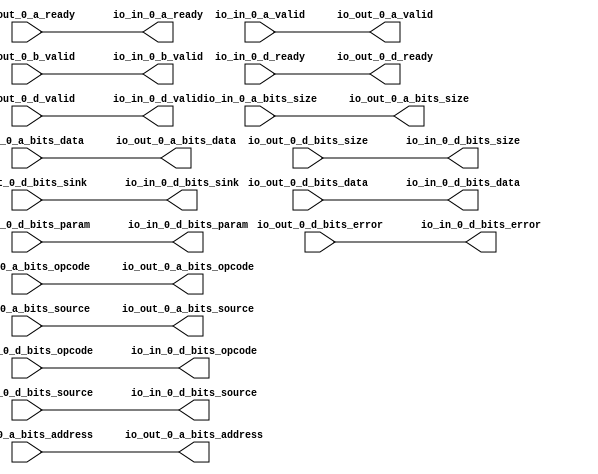
// Copyright (c) 2017, Microsemi Corporation
// All rights reserved.
//
// Redistribution and use in source and binary forms, with or without
// modification, are permitted provided that the following conditions are met:
//     * Redistributions of source code must retain the above copyright
//       notice, this list of conditions and the following disclaimer.
//     * Redistributions in binary form must reproduce the above copyright
//       notice, this list of conditions and the following disclaimer in the
//       documentation and/or other materials provided with the distribution.
//     * Neither the name of the <organization> nor the
//       names of its contributors may be used to endorse or promote products
//       derived from this software without specific prior written permission.
//
// THIS SOFTWARE IS PROVIDED BY THE COPYRIGHT HOLDERS AND CONTRIBUTORS "AS IS" AND
// ANY EXPRESS OR IMPLIED WARRANTIES, INCLUDING, BUT NOT LIMITED TO, THE IMPLIED
// WARRANTIES OF MERCHANTABILITY AND FITNESS FOR A PARTICULAR PURPOSE ARE
// DISCLAIMED. IN NO EVENT SHALL MICROSEMI CORPORATIONM BE LIABLE FOR ANY
// DIRECT, INDIRECT, INCIDENTAL, SPECIAL, EXEMPLARY, OR CONSEQUENTIAL DAMAGES
// (INCLUDING, BUT NOT LIMITED TO, PROCUREMENT OF SUBSTITUTE GOODS OR SERVICES;
// LOSS OF USE, DATA, OR PROFITS; OR BUSINESS INTERRUPTION) HOWEVER CAUSED AND
// ON ANY THEORY OF LIABILITY, WHETHER IN CONTRACT, STRICT LIABILITY, OR TORT
// (INCLUDING NEGLIGENCE OR OTHERWISE) ARISING IN ANY WAY OUT OF THE USE OF THIS
// SOFTWARE, EVEN IF ADVISED OF THE POSSIBILITY OF SUCH DAMAGE.
//
// APACHE LICENSE
// Copyright (c) 2017, Microsemi Corporation 
//
// Licensed under the Apache License, Version 2.0 (the "License");
// you may not use this file except in compliance with the License.
// You may obtain a copy of the License at
//
//    http://www.apache.org/licenses/LICENSE-2.0
//
// Unless required by applicable law or agreed to in writing, software
// distributed under the License is distributed on an "AS IS" BASIS,
// WITHOUT WARRANTIES OR CONDITIONS OF ANY KIND, either express or implied.
// See the License for the specific language governing permissions and
// limitations under the License.
//
// Description:
//
// SVN Revision Information:
// SVN $Revision: $
// SVN $Date: $
//
// Resolved SARs
// SAR      Date     Who   Description
//
// Notes:
//
// ****************************************************************************/
`define RANDOMIZE
`timescale 1ns/10ps
module PROC_SUBSYSTEM_MIV_RV32IMA_L1_AHB_0_MIV_RV32IMA_L1_AHB_TL_FILTER(
  output        io_in_0_a_ready,
  input         io_in_0_a_valid,
  input  [2:0]  io_in_0_a_bits_opcode,
  input  [2:0]  io_in_0_a_bits_size,
  input  [2:0]  io_in_0_a_bits_source,
  input  [31:0] io_in_0_a_bits_address,
  input  [31:0] io_in_0_a_bits_data,
  output        io_in_0_b_valid,
  input         io_in_0_d_ready,
  output        io_in_0_d_valid,
  output [2:0]  io_in_0_d_bits_opcode,
  output [1:0]  io_in_0_d_bits_param,
  output [2:0]  io_in_0_d_bits_size,
  output [2:0]  io_in_0_d_bits_source,
  output        io_in_0_d_bits_sink,
  output [31:0] io_in_0_d_bits_data,
  output        io_in_0_d_bits_error,
  input         io_out_0_a_ready,
  output        io_out_0_a_valid,
  output [2:0]  io_out_0_a_bits_opcode,
  output [2:0]  io_out_0_a_bits_size,
  output [2:0]  io_out_0_a_bits_source,
  output [31:0] io_out_0_a_bits_address,
  output [31:0] io_out_0_a_bits_data,
  input         io_out_0_b_valid,
  output        io_out_0_d_ready,
  input         io_out_0_d_valid,
  input  [2:0]  io_out_0_d_bits_opcode,
  input  [1:0]  io_out_0_d_bits_param,
  input  [2:0]  io_out_0_d_bits_size,
  input  [2:0]  io_out_0_d_bits_source,
  input         io_out_0_d_bits_sink,
  input  [31:0] io_out_0_d_bits_data,
  input         io_out_0_d_bits_error
);
  assign io_in_0_a_ready = io_out_0_a_ready;
  assign io_in_0_b_valid = io_out_0_b_valid;
  assign io_in_0_d_valid = io_out_0_d_valid;
  assign io_in_0_d_bits_opcode = io_out_0_d_bits_opcode;
  assign io_in_0_d_bits_param = io_out_0_d_bits_param;
  assign io_in_0_d_bits_size = io_out_0_d_bits_size;
  assign io_in_0_d_bits_source = io_out_0_d_bits_source;
  assign io_in_0_d_bits_sink = io_out_0_d_bits_sink;
  assign io_in_0_d_bits_data = io_out_0_d_bits_data;
  assign io_in_0_d_bits_error = io_out_0_d_bits_error;
  assign io_out_0_a_valid = io_in_0_a_valid;
  assign io_out_0_a_bits_opcode = io_in_0_a_bits_opcode;
  assign io_out_0_a_bits_size = io_in_0_a_bits_size;
  assign io_out_0_a_bits_source = io_in_0_a_bits_source;
  assign io_out_0_a_bits_address = io_in_0_a_bits_address;
  assign io_out_0_a_bits_data = io_in_0_a_bits_data;
  assign io_out_0_d_ready = io_in_0_d_ready;
endmodule